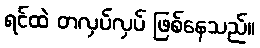
ရင်ထဲ တလှပ်လှပ် ဖြစ်နေသည်။